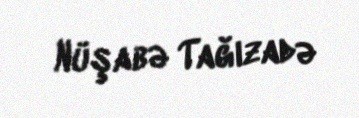
Nüşabə Tağızadə